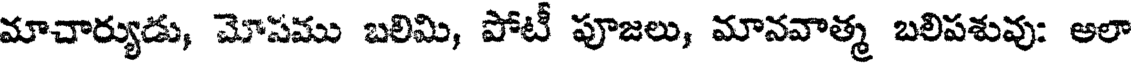
మాచార్యుడు, మోసము బలిమి, పోటీ పూజలు, మానవాత్మ బలిపశువు: అలా